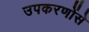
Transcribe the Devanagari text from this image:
उपकरणोंसे